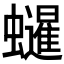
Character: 𧔷